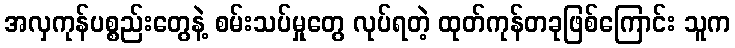
အလှကုန်ပစ္စည်းတွေနဲ့ စမ်းသပ်မှုတွေ လုပ်ရတဲ့ ထုတ်ကုန်တခုဖြစ်ကြောင်း သူက